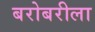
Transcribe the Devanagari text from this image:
बरोबरीला